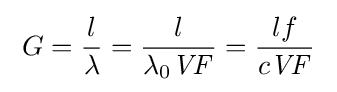
\;G={l \over \lambda }={l \over \lambda _{\text{0}}{\mathit {VF}}}={lf \over c{\mathit {VF}}}\;